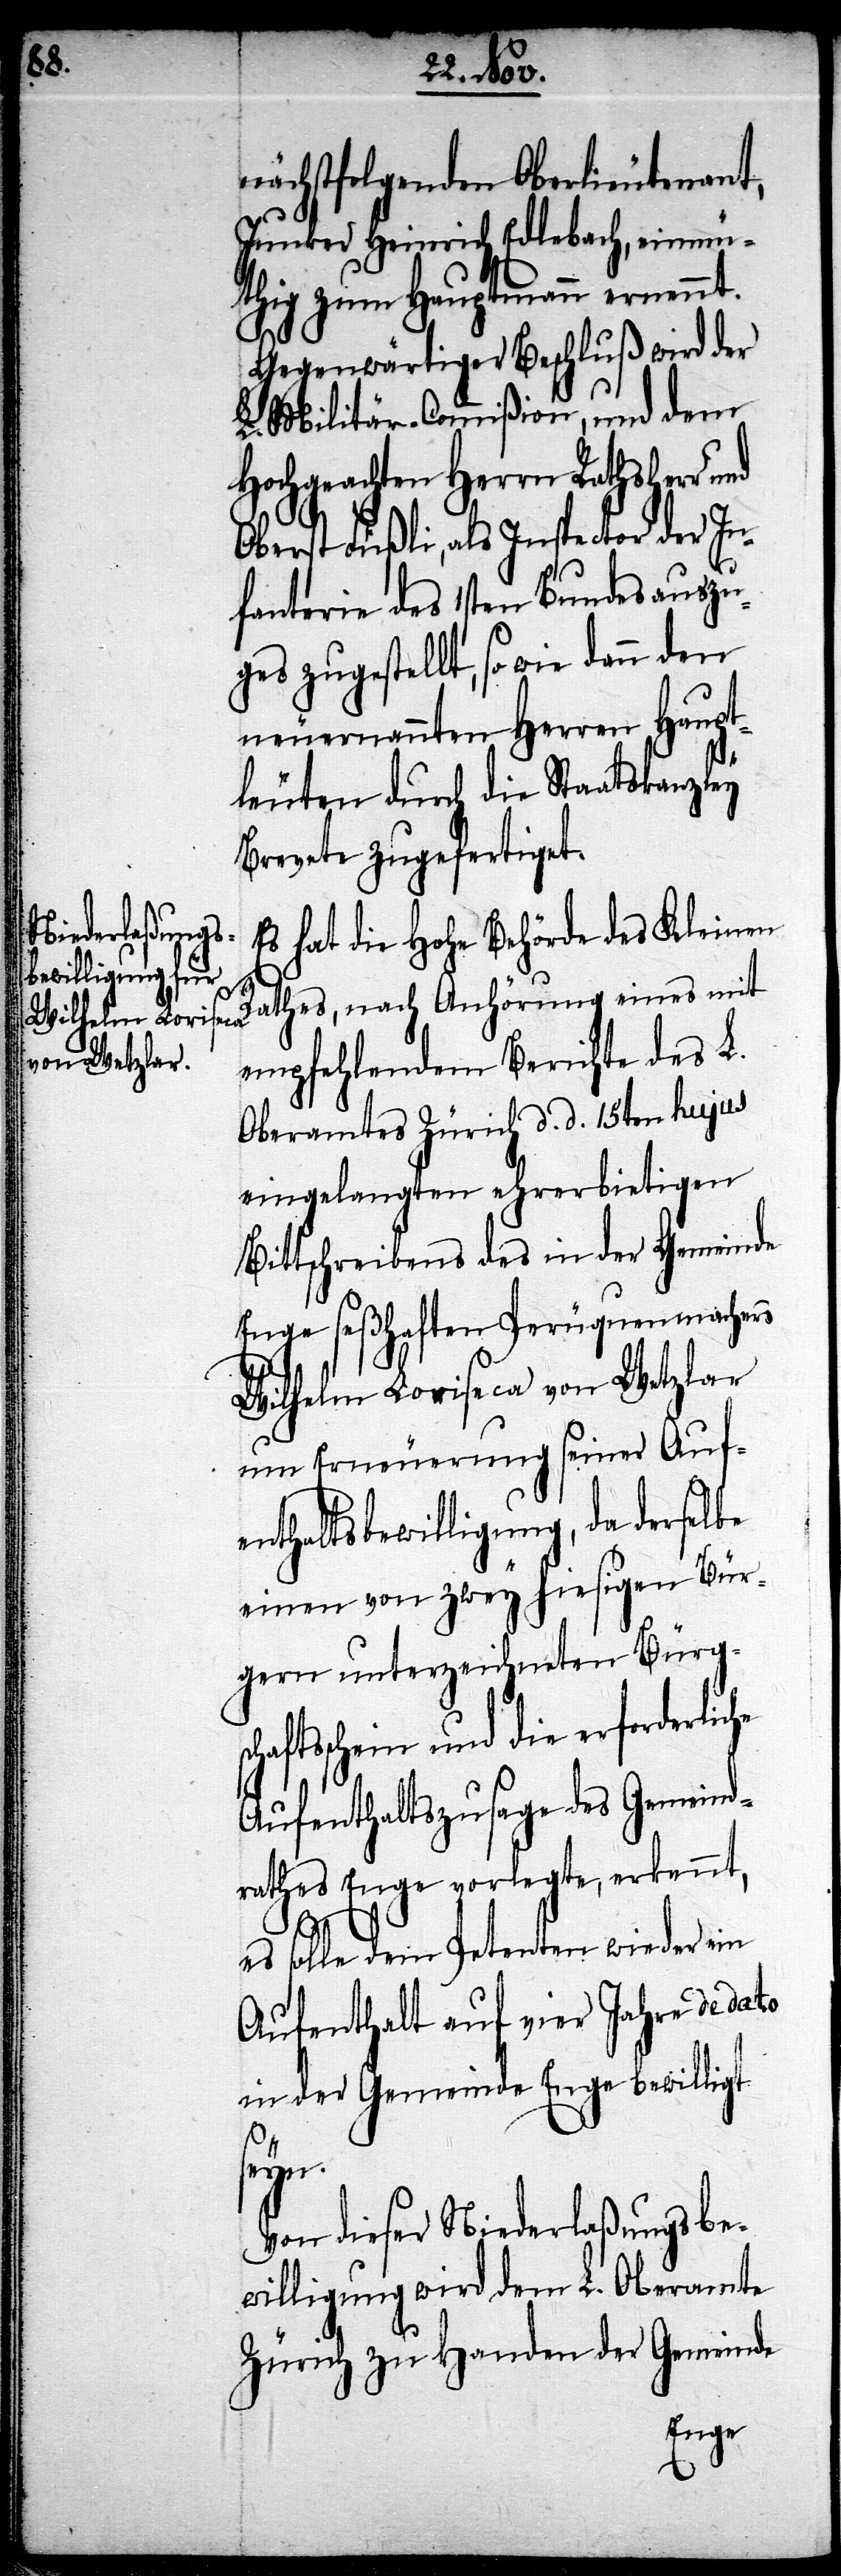
nächstfolgenden Oberlieutenant,
Junker Heinrich Edlebach, einmü¬
thig zum Hauptmann ernennt.
Gegenwärtiger Beschluß wird der
Militär-Commißion, und dem
Hochgeachten Herrn Rathsherr und
Oberst Füßli, als Inspector der In¬
fanterie des 1sten Bundesauszu¬
ges zugestellt, so wie dann den
neuernannten Herren Haupt¬
leuten durch die Staatskanzley
Brevete zugefertigt.
Es hat die Hohe Behörde des Kleinen
Rathes, nach Anhörung eines mit
empfehlendem Berichte des L.
Oberamtes Zürich d. d. 15ten hujus
eingelangten ehrerbietigen
Bittschreibens des in der Gemeinde
Enge seßhaften Perüquenmachers
Wilhelm Loriseca von Wetzlar
um Erneuerung seiner Auf¬
enthaltsbewilligung, da derselbe
einen von zwey hiesigen Bür¬
gern unterzeichneten Bürg¬
schaftsschein und die erforderliche
Aufenthaltszusage des Gemeind¬
rathes Enge vorlegte, erkennt,
es solle dem Petenten wieder ein
Aufenthalt auf vier Jahre de dato
in der Gemeinde Enge bewilligt
seyn.
Von dieser Niederlaßungsbe¬
willigung wird dem L. Oberamte
Zürich zu Handen der Gemeinde